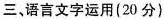
三、语言文字运用(20分)